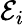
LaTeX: \mathcal{E}_{i}